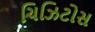
ચિઝિટોસ